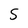
Character: 5